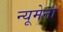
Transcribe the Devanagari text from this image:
न्यूमेना